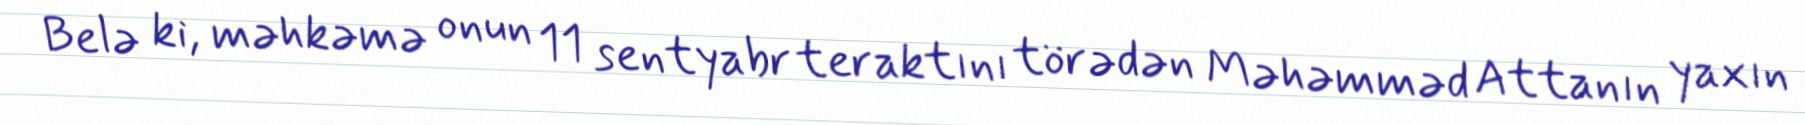
Belə ki, məhkəmə onun 11 sentyabr teraktını törədən Məhəmməd Attanın yaxın